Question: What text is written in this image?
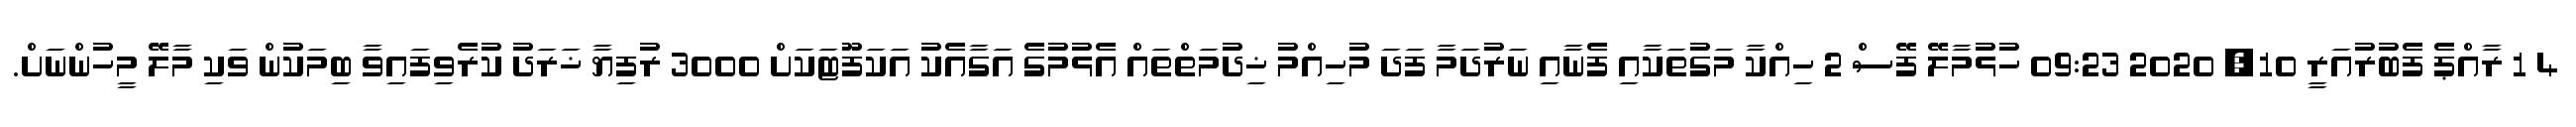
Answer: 4 1 ރާއްޕެ ފެބުރުއަރީ 10, 2020 09:23 ހުޅުމާލޭ ފޭސް 2 ހިއްކާ މަގުތަކާއި ފެނާއި ނަރުދަމާ ފަދަ މުހިއްމު ޚިދުމަތްތައް އެޅުމުގެ އަގާއެކު އަކަފޫޓަކަށް 3000 ރުފިޔާ ޚަރަދު ކުރެވިފައިވާ ބިމަކުން ވަކި މާލޭ މީހުންނަށް.